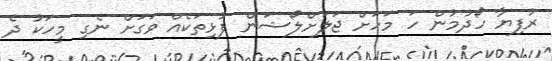
ރުފިޔާ ހޯދުމުން ހަ މަހަށް ޖަލަށްލޯޝަން ފުޅިތަކެއް ވަގަށް ނެގި މީހަކު ދެ